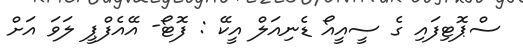
ސްޕޮޓިފައި ގެ ސީއީއޯ ޑެނިއަލް އީކޭ : ފޮޓޯ- އޭއެފްޕީ ލަވަ އަށް